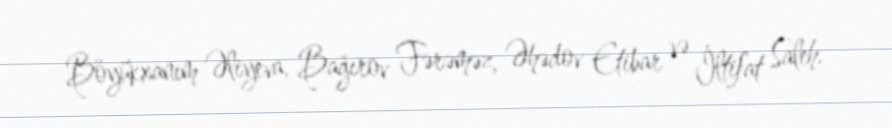
Böyükxanım Əliyeva, Bağırov Fərəməz, Əhədov Etibar və İltifat Saleh.